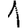
Digit: 1